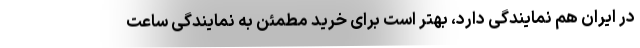
در ایران هم نمایندگی دارد، بهتر است برای خرید مطمئن به نمایندگی ساعت